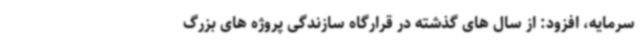
سرمایه، افزود: از سال های گذشته در قرارگاه سازندگی پروژه های بزرگ